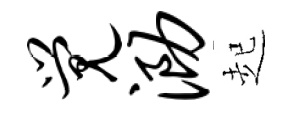
觉泐起